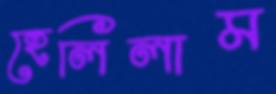
হেলিলাম